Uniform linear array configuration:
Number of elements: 24
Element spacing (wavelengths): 0.25
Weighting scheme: binomial
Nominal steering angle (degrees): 0
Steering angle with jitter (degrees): -0.04617
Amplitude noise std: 0.05
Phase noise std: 0.05

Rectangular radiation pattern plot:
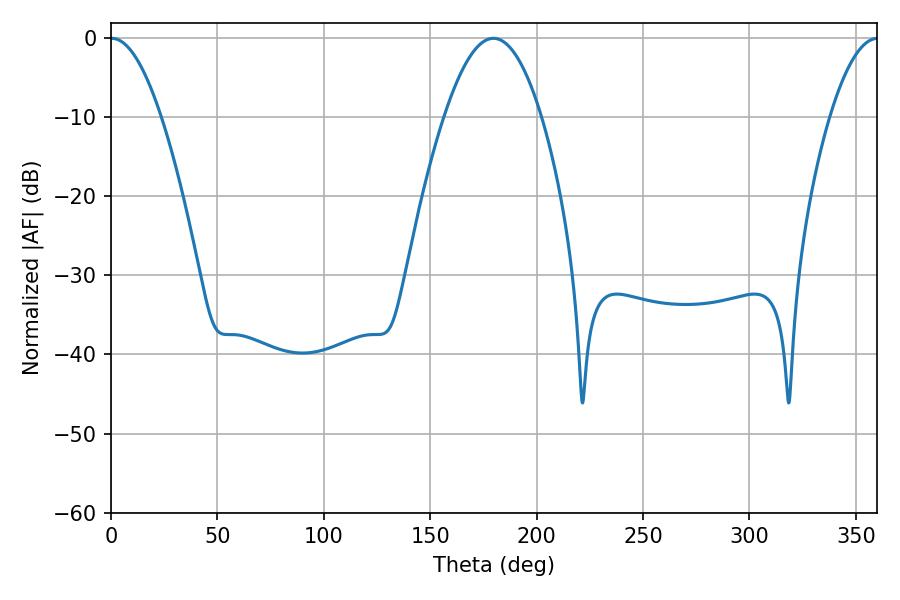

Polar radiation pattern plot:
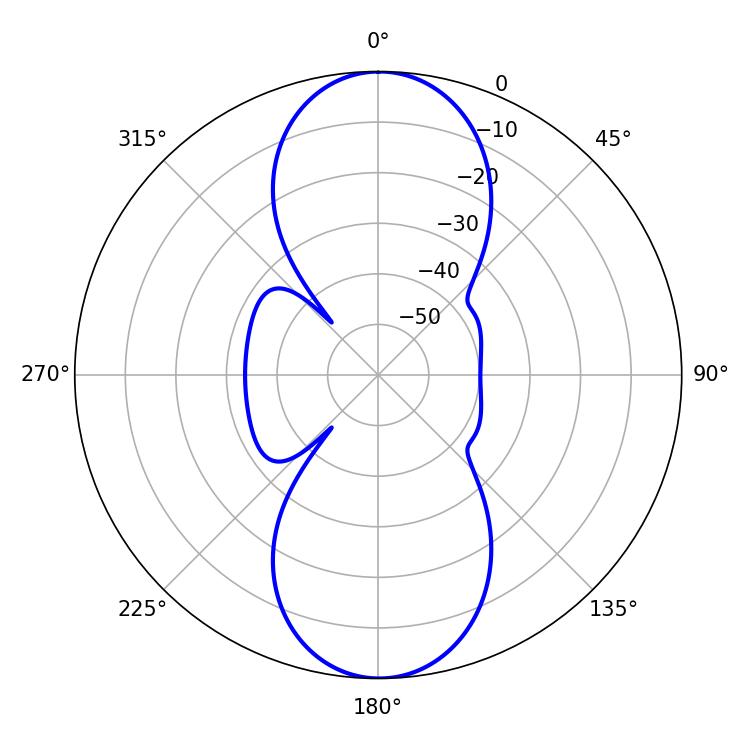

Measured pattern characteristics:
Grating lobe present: FALSE
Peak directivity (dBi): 23.772
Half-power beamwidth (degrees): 12.78
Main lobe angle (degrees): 0.36